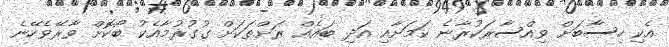
އެކި ހިސާބަށް ވިއްސާރަކުރާނެ ކަމަށާއި އަދި ބައެއް ރަށްތަކަށް ގުގުރުމާއެކު ބޯކޮށް ވާރޭވެހޭނެ